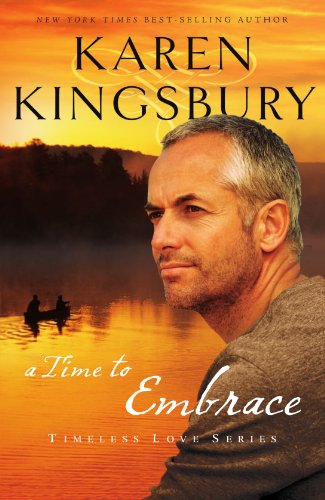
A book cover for A Time to Embrace (Timeless Love Series); Karen Kingsbury; Romance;